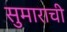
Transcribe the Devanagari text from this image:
सुमाराची